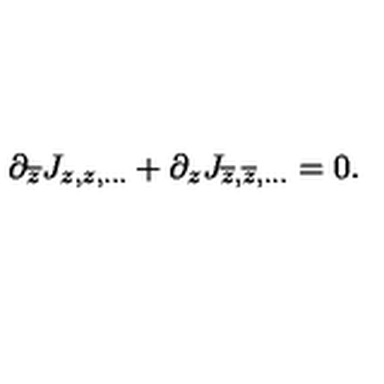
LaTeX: \partial _ { \overline { { z } } } J _ { z , z , . . . } + \partial _ { z } J _ { \overline { { z } } , \overline { { z } } , . . . } = 0 .